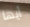
أيها